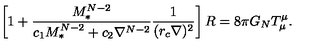
\left[ 1 + { \frac { M _ { * } ^ { N - 2 } } { c _ { 1 } M _ { * } ^ { N - 2 } + c _ { 2 } \nabla ^ { N - 2 } } } { \frac { 1 } { ( r _ { c } \nabla ) ^ { 2 } } } \right] R = 8 \pi G _ { N } T _ { \mu } ^ { \mu } .